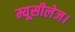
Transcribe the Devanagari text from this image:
म्यूसीलेज।